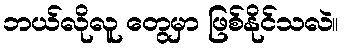
ဘယ်လိုလူ တွေမှာ ဖြစ်နိုင်သလဲ။